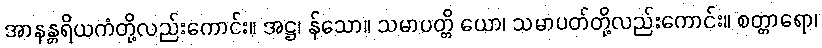
အာနန္တရိယကံတို့လည်းကောင်း။ အဋ္ဌ၊ န်သော။ သမာပတ္တိ ယော၊ သမာပတ်တို့လည်းကောင်း။ စတ္တာရော၊